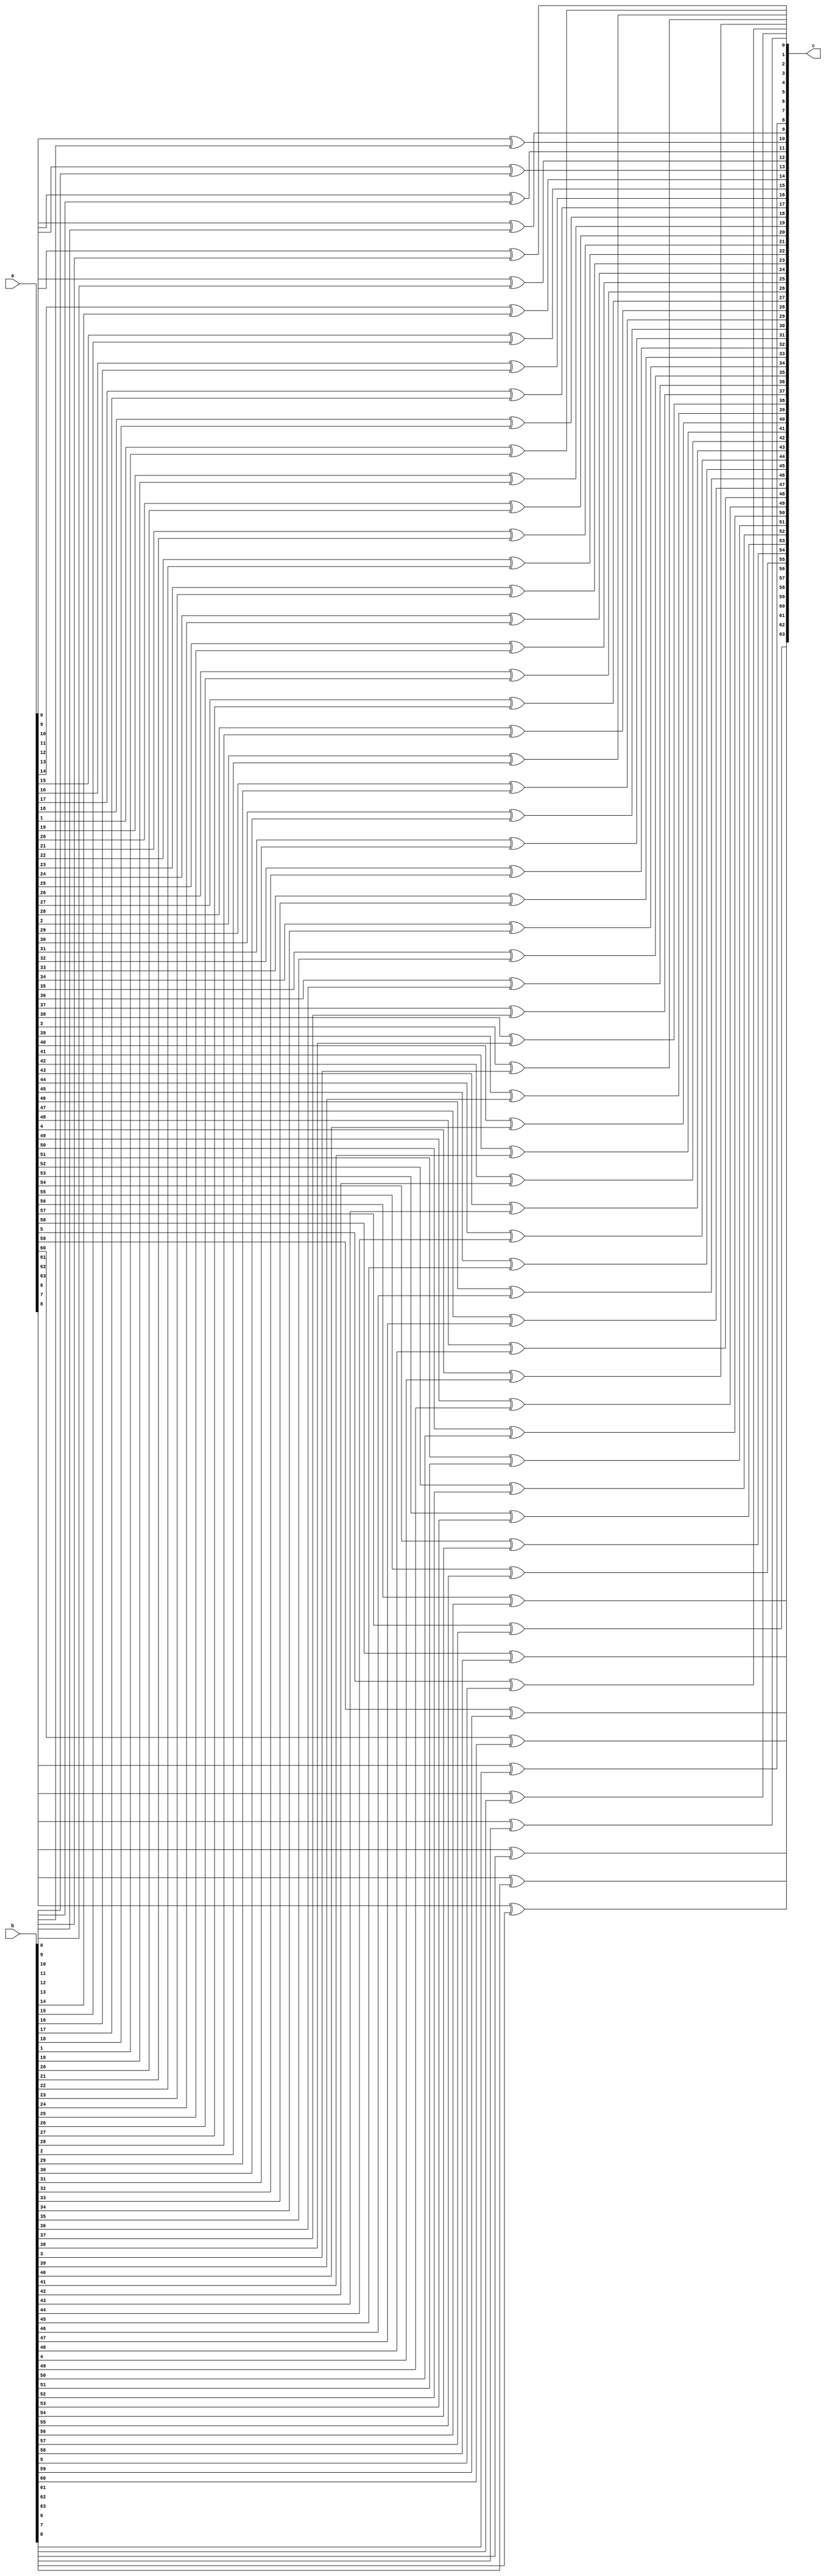
module xor_64bit(a, b, c);

input [63:0] a, b;
output [63:0] c;
genvar i;

generate
    for(i = 0; i < 64; i = i+1)
        begin
            xor x1(c[i], a[i], b[i]);
        end
endgenerate

endmodule